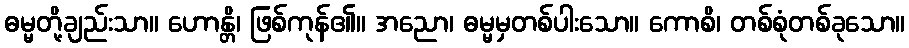
ဓမ္မတို့ချည်းသာ။ ဟောန္တိ၊ ဖြစ်ကုန်၏။ အညော၊ ဓမ္မမှတစ်ပါးသော။ ကောစိ၊ တစ်စုံတစ်ခုသော။